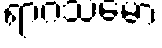
ရာဂသမော